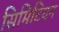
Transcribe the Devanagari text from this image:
सिमिटियन